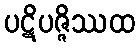
ပဋိပဇ္ဇိဿထ